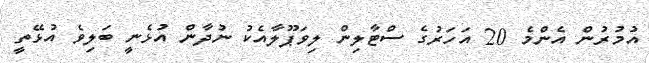
އުމުރުން އެންމެ 20 އަހަރުގެ ސްޓާލިން ލިވަޕޫލާއެކު ނުދާން އުޅެނީ ބަލިވެ އުޅޭތީ